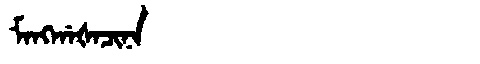
Manchu: ᠮᠠᠩᡤᠠᡧᠠᠴᡳᠨᠠ
Romanization: MANGGAŠACINA